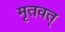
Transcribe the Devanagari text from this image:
मृतवत्